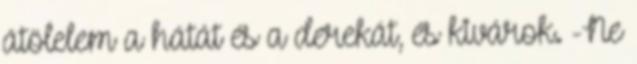
átölelem a hátát és a derekát, és kivárok. -Ne